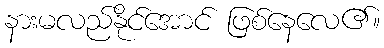
နားမလည်နိုင်အောင် ဖြစ်နေလေ၏။